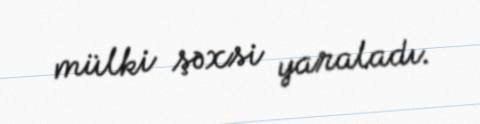
mülki şəxsi yaraladı.